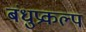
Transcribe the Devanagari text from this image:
बंधुप्रकल्प